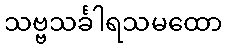
သဗ္ဗသင်္ခါရသမထော